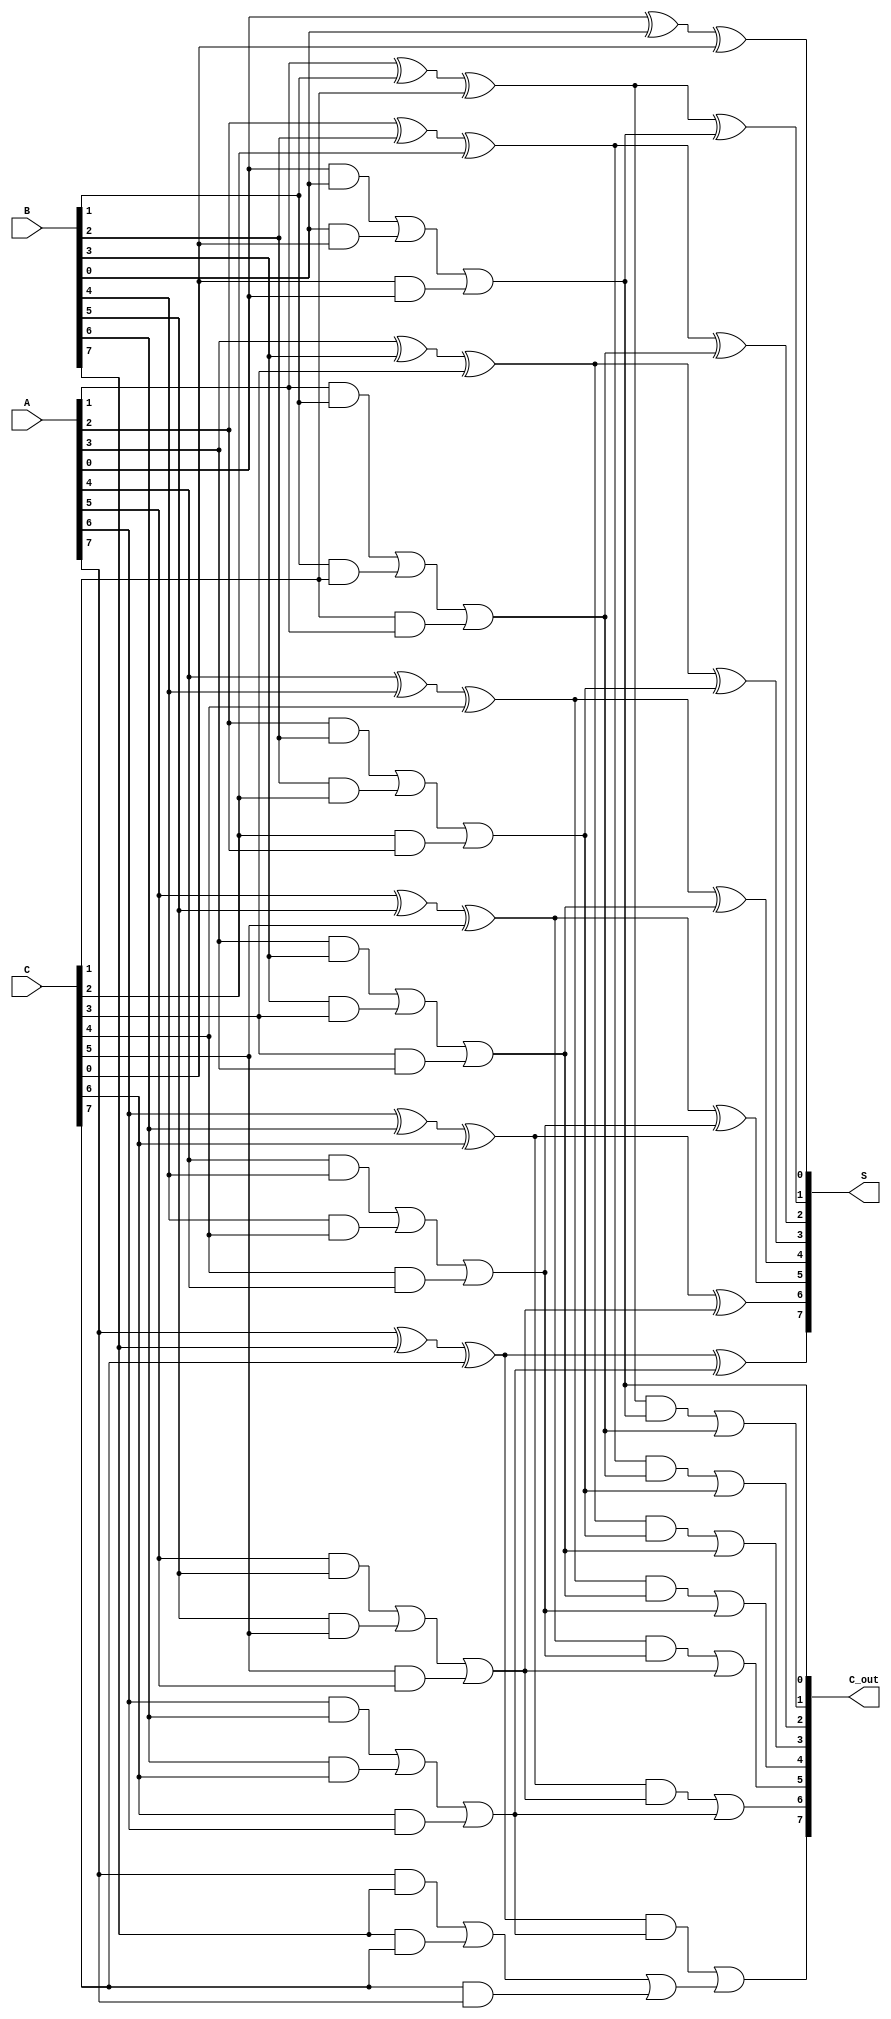
module CarrySaveAdder (
    input [N-1:0] A, // First input
    input [N-1:0] B, // Second input
    input [N-1:0] C, // Third input
    output [N-1:0] S, // Final Sum
    output [N-1:0] C_out // Final Carry
);
    parameter N = 8; // Number of bits

    // Intermediate sums and carries
    wire [N-1:0] sum1, carry1;
    wire [N-1:0] sum2, carry2;

    // Stage 1: Carry Save Logic
    genvar i;
    generate
        for (i = 0; i < N; i = i + 1) begin: CSA_stage1
            assign sum1[i] = A[i] ^ B[i] ^ C[i]; // Sum for this bit position
            assign carry1[i] = (A[i] & B[i]) | (B[i] & C[i]) | (C[i] & A[i]); // Carry for this bit position
        end
    endgenerate

    // Stage 2: Reduction Tree
    // Combine first stage sums and carries using full adders
    wire [N-1:0] final_sum;
    wire [N-1:0] final_carry;

    generate
        for (i = 0; i < N; i = i + 1) begin: Reduction_tree
            if (i == 0) begin
                assign final_sum[i] = sum1[i];
                assign final_carry[i] = carry1[i];
            end else begin
                // Full adder for reduction
                assign final_sum[i] = sum1[i] ^ carry1[i-1]; // Sum output
                assign final_carry[i] = (sum1[i] & carry1[i-1]) | carry1[i]; // Carry output
            end
        end
    endgenerate

    // Final outputs
    assign S = final_sum; // Final sum output
    assign C_out = final_carry; // Final carry output

endmodule